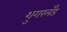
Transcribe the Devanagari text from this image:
शुगरलँड